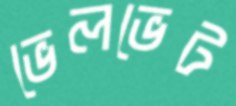
ভেলভেট